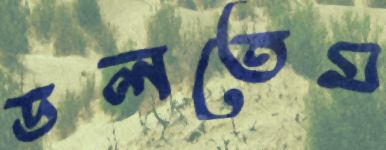
ডলতেম